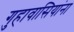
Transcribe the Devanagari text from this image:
गुहावासियांना